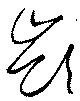
嶺